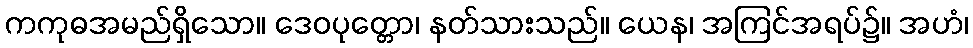
ကကုဓအမည်ရှိသော။ ဒေဝပုတ္တော၊ နတ်သားသည်။ ယေန၊ အကြင်အရပ်၌။ အဟံ၊